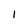
Character: 1